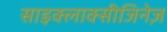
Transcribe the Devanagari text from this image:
साइक्लाक्सीजिनेज़